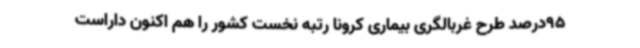
95درصد طرح غربالگری بیماری کرونا رتبه نخست کشور را هم اکنون داراست